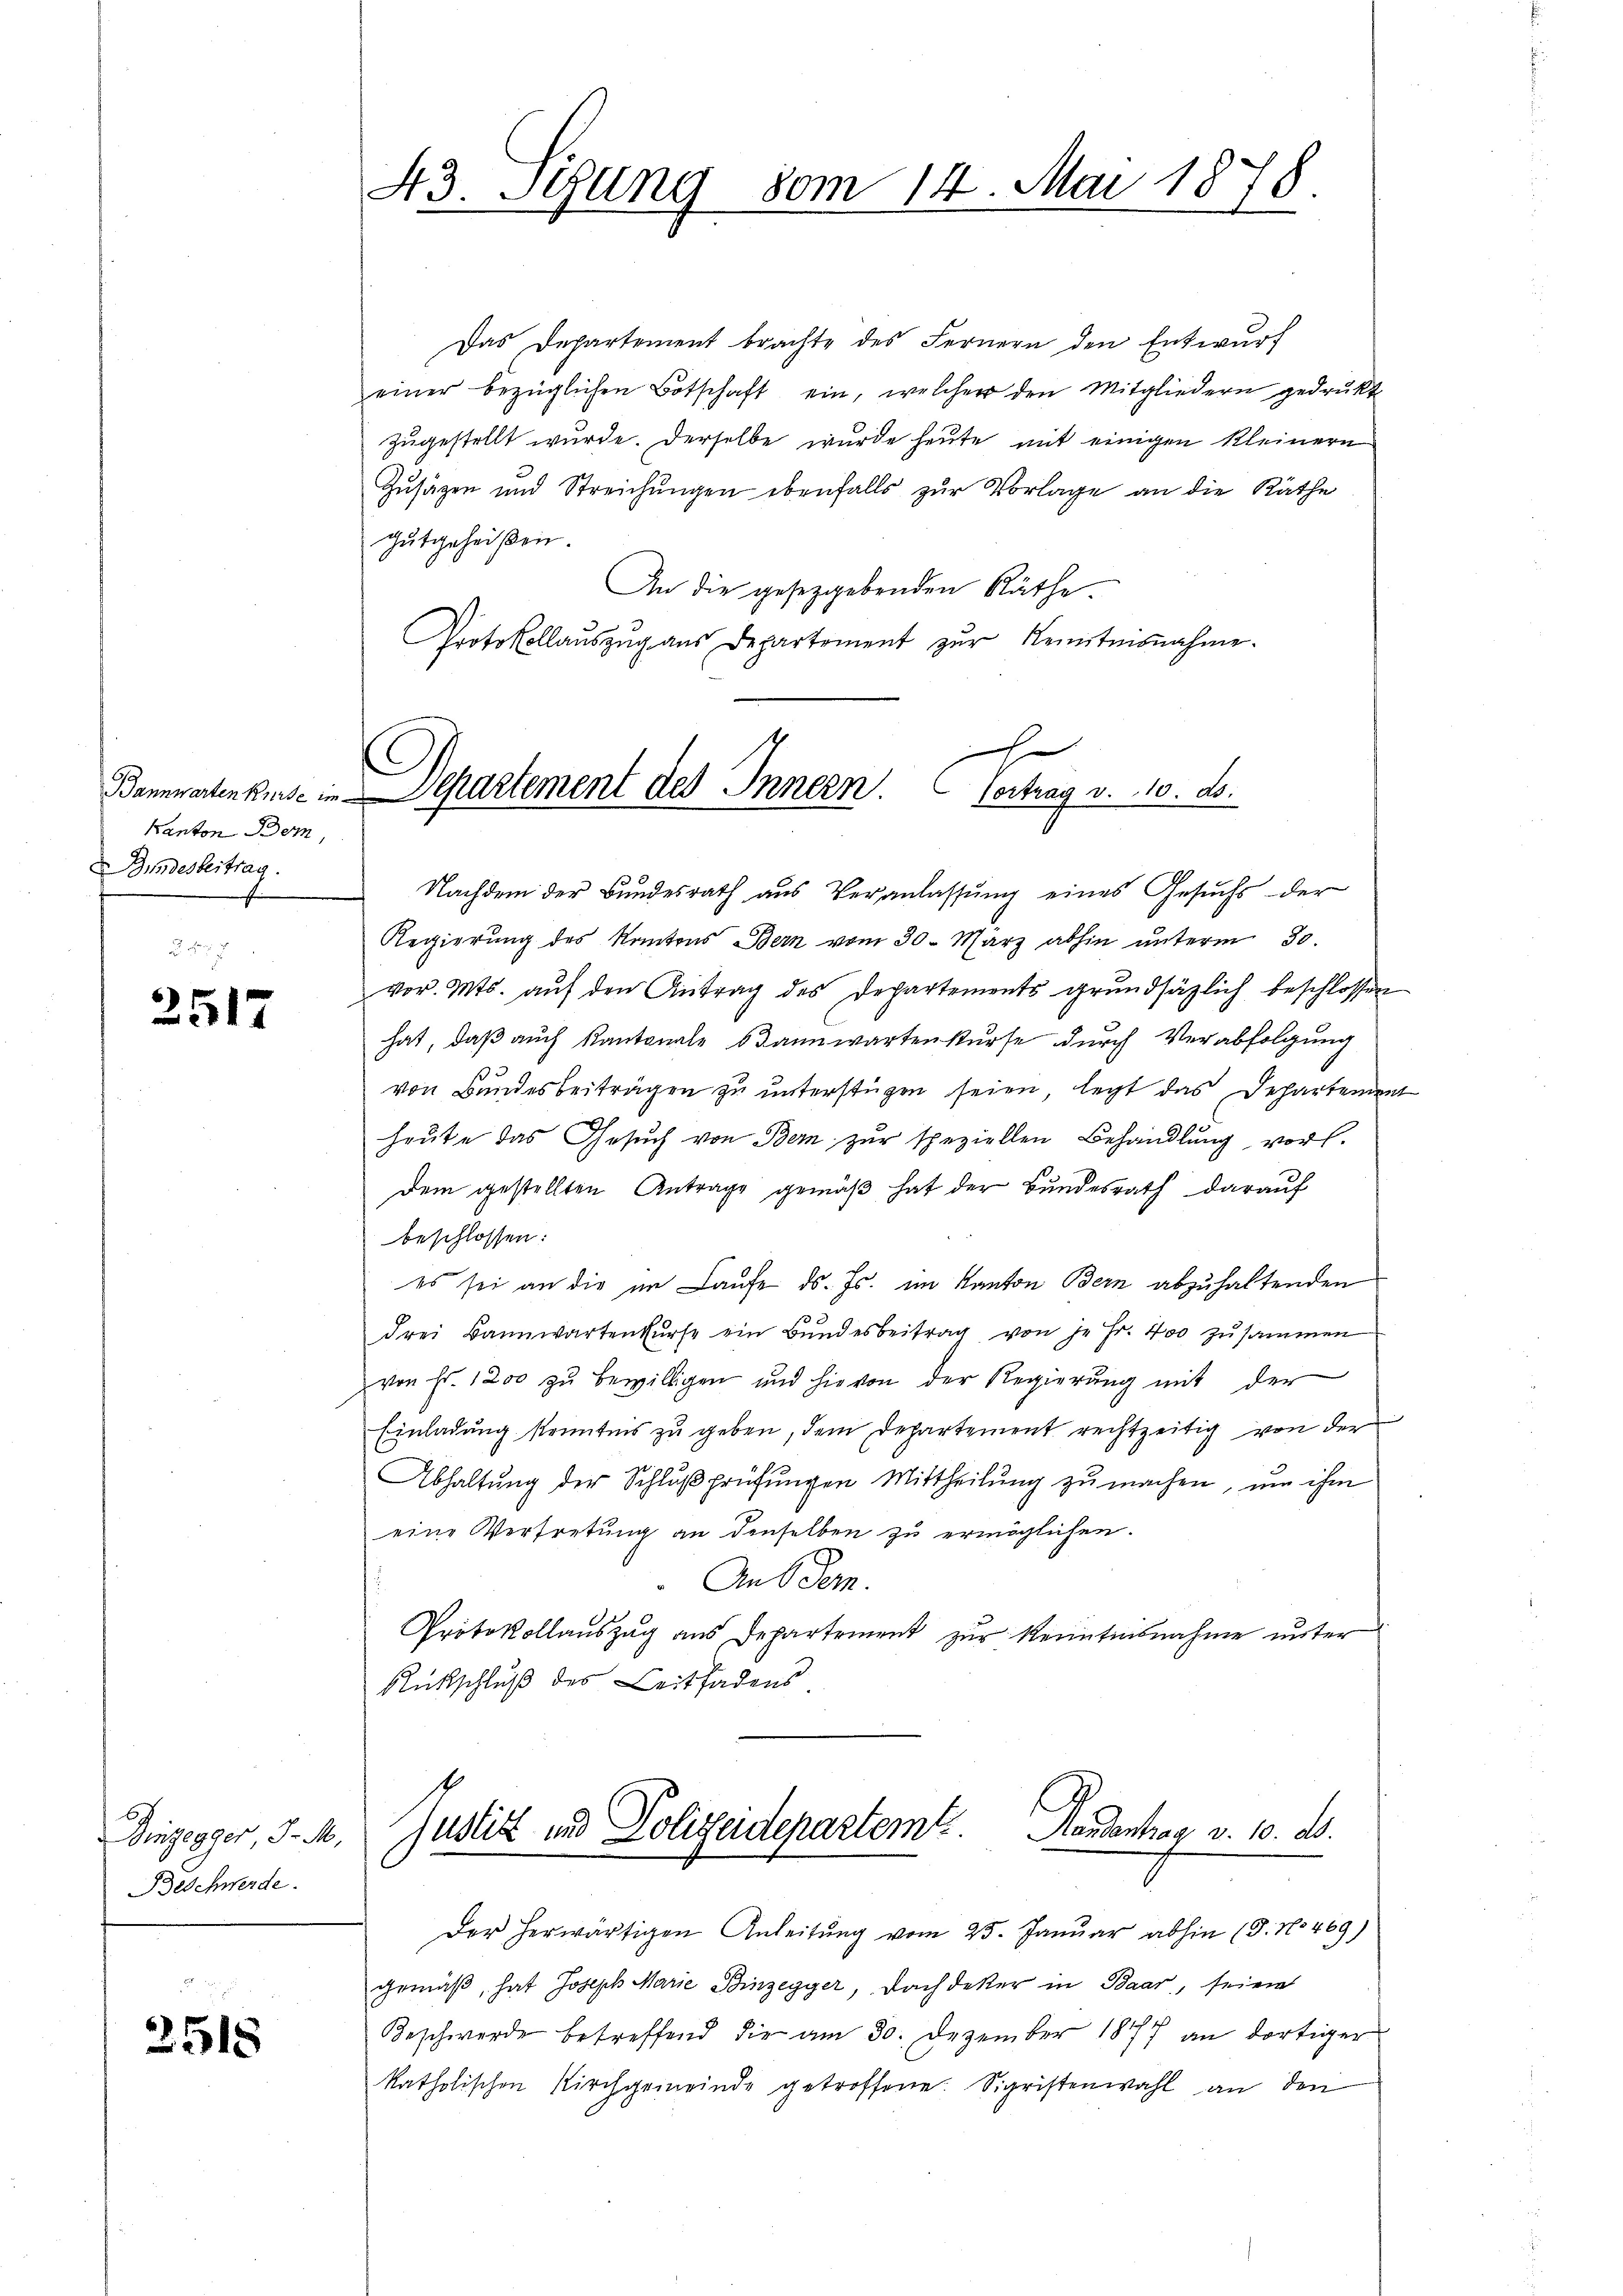
Kanton Bem,
ndesbeitrag.

2517

Dinzegger, 3. M.
Beschwerde.

3518

43. Stung 80m 14. Mai 1878.

Das Departement brachte des Fernern den Entwurf
einer bezüglichen Botschaft ein, welcher den Mitgliedern gedrukt
zugestellt wurde. Derselbe wurde heute mit einigen kleinern
Zusätzen und Streichungen ebenfalls zur Vorlage an die Räthe
gutgeheißen.
An die gesetzgebenden Räthe.
Protokollaŭszŭg aŭs Departement zŭr Kenntnisnahme.

x
Bannwartenkinse in Departement des Innern. Contrag v. 10. d.

Nachdem der Bundesrath aus Veranlassŭng eines Gesuchs der
Regierŭng des Kantons Bern vom 30. März abhin ŭnterm 30.
vor. Mts. aŭf den Antrag des Departements grŭndsätzlich beschlossen
hat, daß auch Kantonale dannwartenkurse durch Verabfolgung
p3
von Bandesbeiträgen zu unterstüzen seien, legt das Departement
heute das Gesuch von Bern zur speziellen Behandlung vorl.
Dem gestellten Antrage gemäß hat der Bundesrath darauf
beschlossen:
es sei an die im Laufe ds. Js. im Kanton Bern abzuhaltenden
drei Bannwartenkŭrse ein Bŭndesbeitrag von je Fr. 400 zŭsammen
von Fr. 1200 zŭ bewilligen und hievon der Regierŭng mit der
Einladŭng kenntnis zu geben, dem Departement rechtzeitig von der
Abhaltŭng der Schlŭβprüfŭngen Mittheilung zu machen, um ihm
eine Vertretung an denselben zu ermöglichen.
An Oder.
Protokollauszug aus Departement zur Kenntnisnahme unter
Rütschluß des Leitfadens
Handentrag v. 10. ds.
Justiz und Polizeidepartem
Der herwärtigen Anleitŭng vom 25. Januar abhin (3. No 469)
gemäß, hat Joseph Marie Binzegger, Dachdeker in Baar, seien
Beschwerde betreffend die am 30. Dezember 1877 an dortiger
katholischen Kirchgemeinde getroffene. Sigristenwahl an den